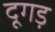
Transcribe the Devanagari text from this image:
दूगड़